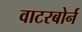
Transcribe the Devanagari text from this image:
वाटरबोर्न